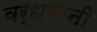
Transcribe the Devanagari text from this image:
वर्धमानी